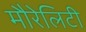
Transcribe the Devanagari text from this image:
मौरेलिटी